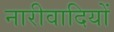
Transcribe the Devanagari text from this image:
नारीवादियों